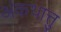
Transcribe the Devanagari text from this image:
अंकथात्तु